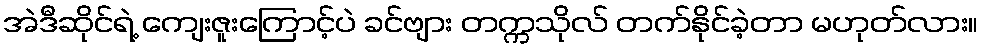
အဲဒီဆိုင်ရဲ့ ကျေးဇူးကြောင့်ပဲ ခင်ဗျား တက္ကသိုလ် တက်နိုင်ခဲ့တာ မဟုတ်လား။